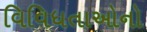
વિવિધતાઓનો